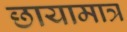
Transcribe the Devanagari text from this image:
छायामात्र